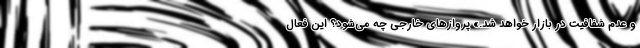
و عدم شفافیت در بازار خواهد شد.» پروازهای خارجی چه می‌شود؟ این فعال